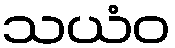
သယံဝ